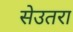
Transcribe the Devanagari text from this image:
सेउतरा